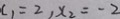
x _ { 1 } = 2 , x _ { 2 } = - 2